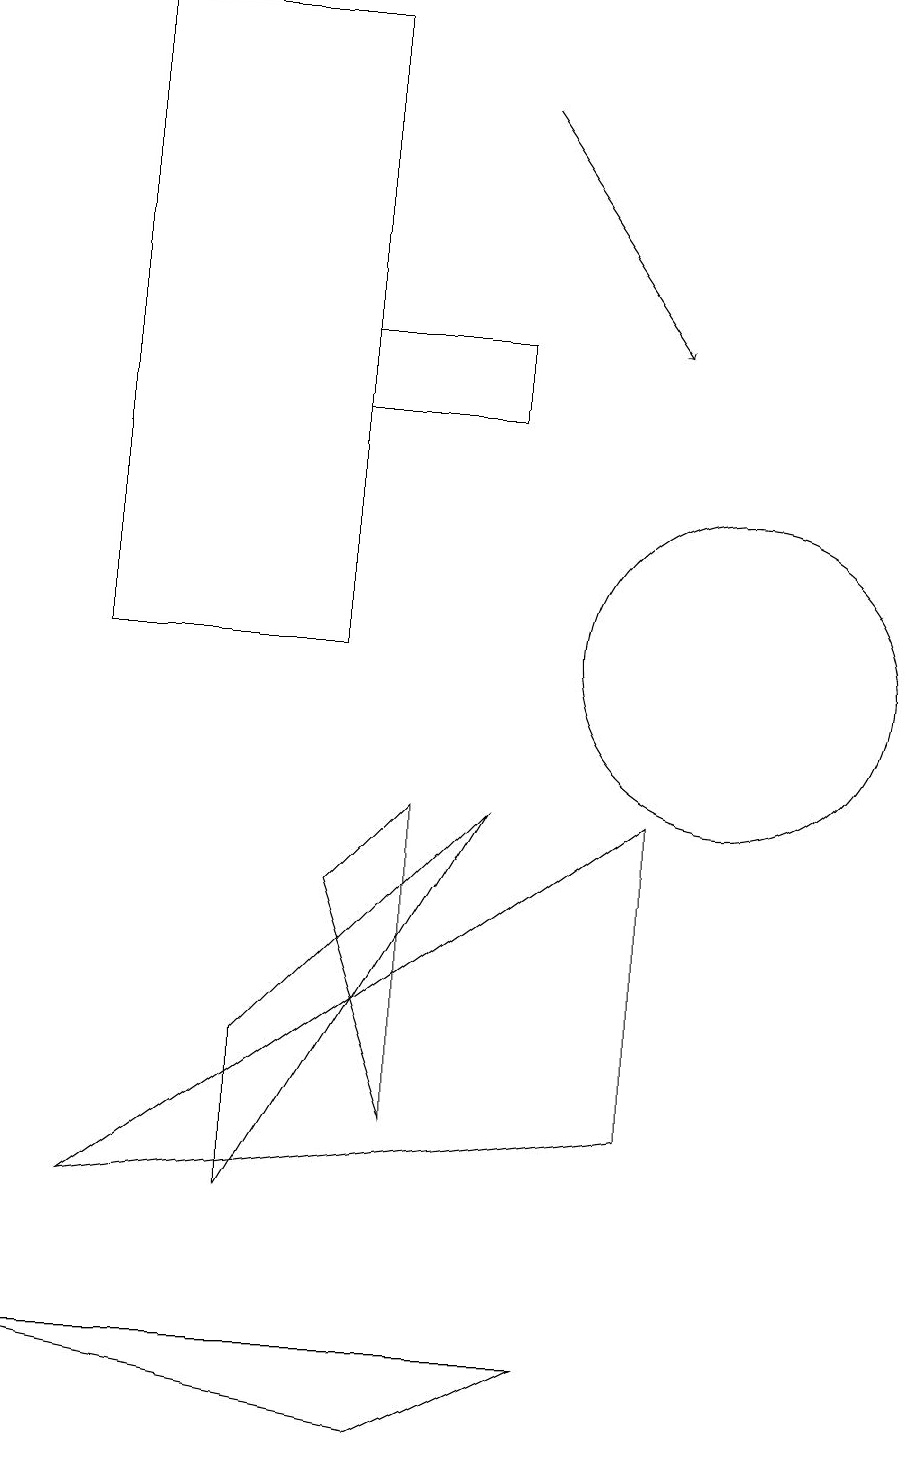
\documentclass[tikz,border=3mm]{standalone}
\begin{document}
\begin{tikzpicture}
\draw (6,5) -- (6,9) -- (5,8) -- cycle;
\draw (1,2) -- (8,2) -- (6,1) -- cycle;
\draw (5,11) rectangle (2,19);
\draw (9,5) -- (9,9) -- (2,4) -- cycle;
\draw (10,11) circle (2);
\draw[->] (7,18) -- (9,15);
\draw (7,15) rectangle (5,14);
\draw (7,9) -- (4,4) -- (4,6) -- cycle;
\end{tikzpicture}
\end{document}